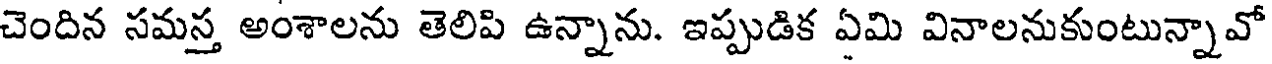
చెందిన సమస్త అంశాలను తెలిపి ఉన్నాను. ఇప్పుడిక ఏమి వినాలనుకుంటున్నావో